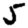
Digit: 5